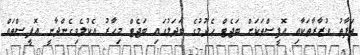
ތަފާތު ވުޒާރާތަކާއި އޮފީސްތަކަށް ބަޖެޓް ހެދުމުގެ ބަދަލުގައި ބަޖެޓް މިހާރު އެކުލެވިގެންދާނީ އޮފީސްތައް